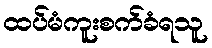
ထပ်မံကူးစက်ခံရသူ